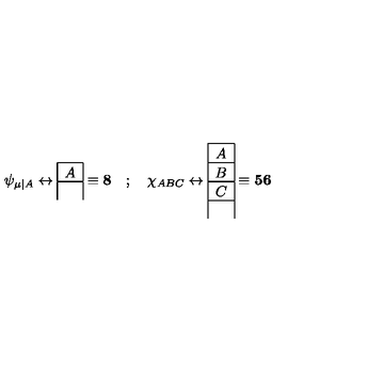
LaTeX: \psi _ { \mu \vert A } \leftrightarrow \mathrm { \begin{array} { | c | } \hline { \stackrel { } { A } } \\ \hline { } \\ \end{array} } \equiv { \bf 8 } \quad ; \quad \chi _ { A B C } \leftrightarrow \mathrm { \begin{array} { | c | } \hline { \stackrel { } { A } } \\ \hline { \stackrel { } { B } } \\ \hline { \stackrel { } { C } } \\ \hline { } \\ \end{array} } \equiv { \bf 5 6 }